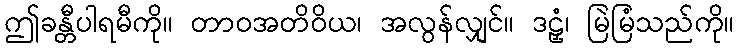
ဤခန္တီပါရမီကို။ တာဝအတိဝိယ၊ အလွန်လျှင်။ ဒဠှံ၊ မြဲမြံသည်ကို။